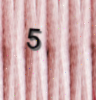
5